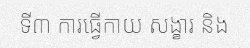
ទី៣ ការធ្វើកាយ សង្ខារ និង